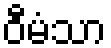
ဝီမံသာ